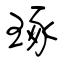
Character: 琢